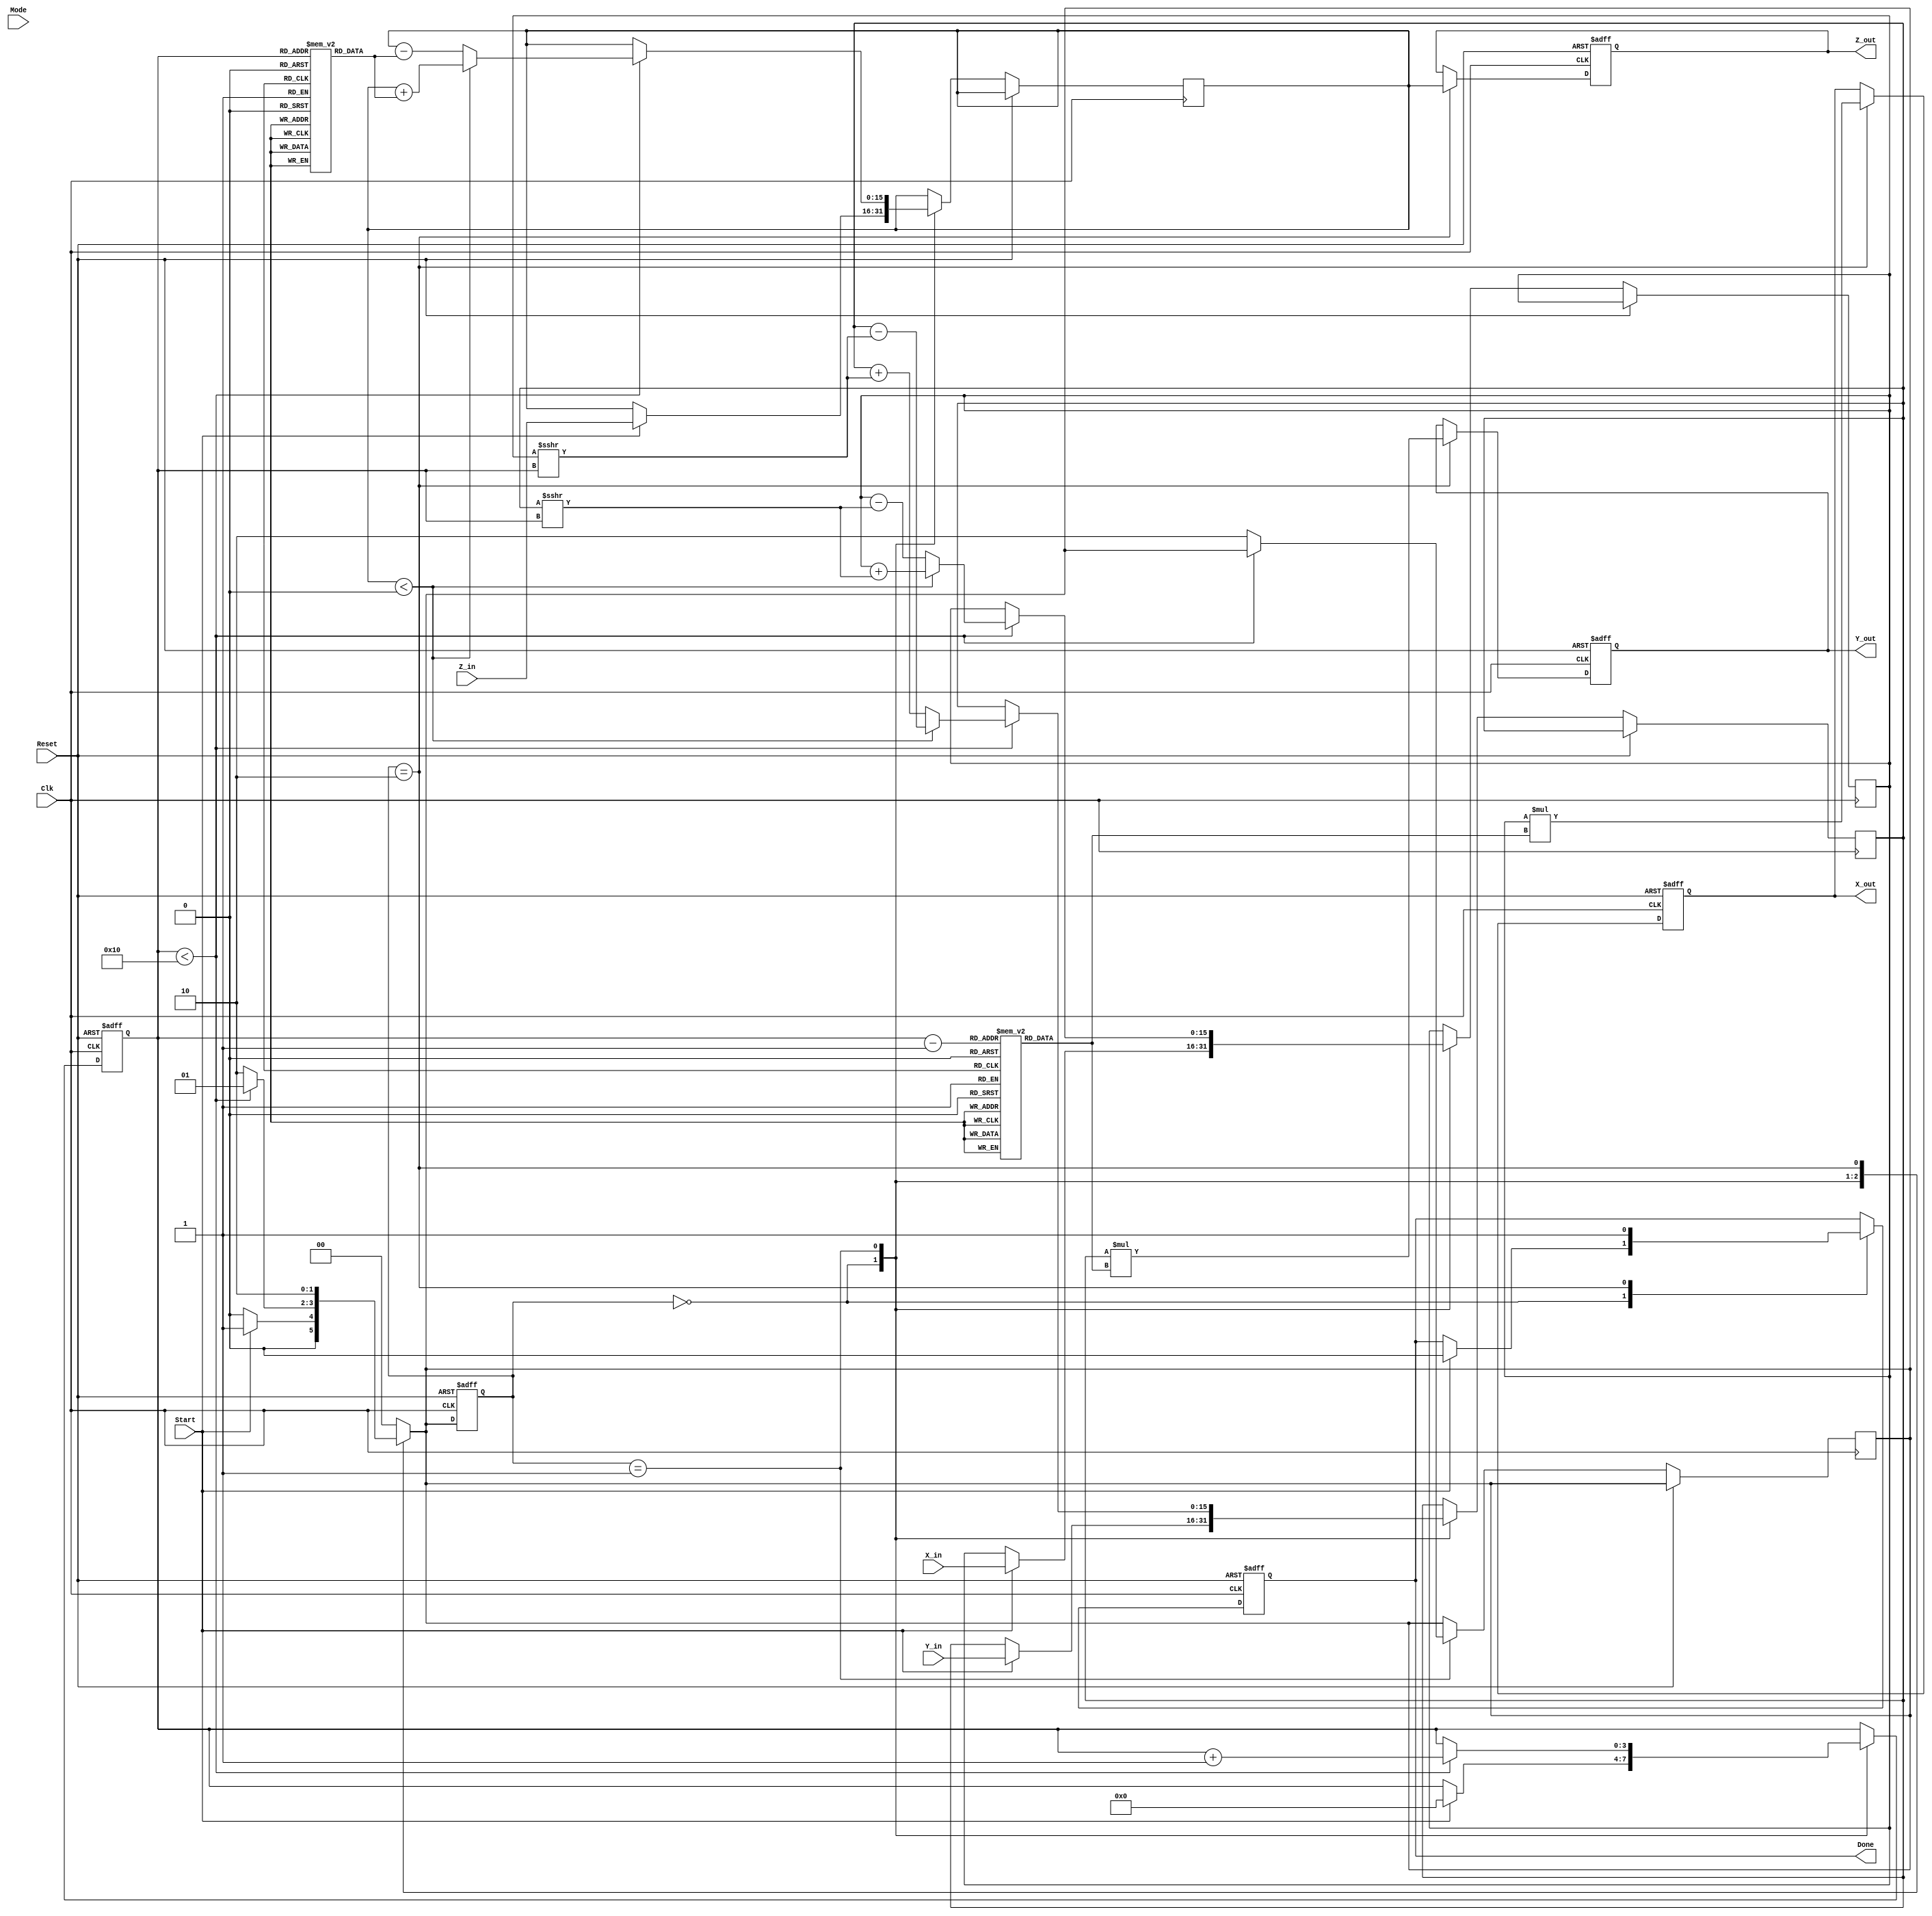
module cordic (
    input wire signed [15:0] X_in,      // Fixed-point input x-coordinate
    input wire signed [15:0] Y_in,      // Fixed-point input y-coordinate
    input wire signed [15:0] Z_in,      // Fixed-point input angle
    input wire [1:0] Mode,              // Operation mode (00: rotation, 01: vectoring, 10: hyperbolic)
    input wire Start,                    // Start signal
    input wire Clk,                      // Clock signal
    input wire Reset,                    // Asynchronous reset
    output reg signed [15:0] X_out,     // Output x-coordinate
    output reg signed [15:0] Y_out,     // Output y-coordinate
    output reg signed [15:0] Z_out,     // Output angle/result
    output reg Done                      // Completion signal
);

    // Parameters
    parameter NUM_ITERATIONS = 16;      // Number of CORDIC iterations
    parameter FIXED_POINT_FRACTIONAL_BITS = 15; // Number of fractional bits in fixed-point representation

    // Pre-computed values (lookup tables)
    reg signed [15:0] atan_table [0:NUM_ITERATIONS-1]; // Arctangent values
    reg signed [15:0] scale_table [0:NUM_ITERATIONS-1]; // Scaling factors

    // Internal registers
    reg signed [15:0] x_reg, y_reg, z_reg;
    reg [3:0] iteration_count; // Counter for iterations
    reg [1:0] state;           // FSM state
    reg [1:0] next_state;      // Next state for FSM

    // State encoding
    localparam IDLE = 2'b00;
    localparam COMPUTE = 2'b01;
    localparam DONE_STATE = 2'b10;

    // Initialize lookup tables
    initial begin
        // Populate atan_table and scale_table with pre-computed values
        // Example values (these should be replaced with actual pre-computed values)
        atan_table[0] = 16'h2000; // atan(1) = 0.4636 in fixed-point
        atan_table[1] = 16'h1000; // atan(0.5) = 0.2449 in fixed-point
        // ... Fill in the rest of the atan_table and scale_table
        scale_table[0] = 16'h4000; // Scaling factor for first iteration
        scale_table[1] = 16'h2000; // Scaling factor for second iteration
        // ... Fill in the rest of the scale_table
    end

    // FSM for control logic
    always @(posedge Clk or posedge Reset) begin
        if (Reset) begin
            state <= IDLE;
            Done <= 0;
            iteration_count <= 0;
            X_out <= 0;
            Y_out <= 0;
            Z_out <= 0;
        end else begin
            state <= next_state;
            case (state)
                IDLE: begin
                    if (Start) begin
                        x_reg <= X_in;
                        y_reg <= Y_in;
                        z_reg <= Z_in;
                        iteration_count <= 0;
                        Done <= 0;
                    end
                end
                COMPUTE: begin
                    if (iteration_count < NUM_ITERATIONS) begin
                        // CORDIC iteration logic
                        if (z_reg < 0) begin
                            x_reg <= x_reg + (y_reg >>> iteration_count);
                            y_reg <= y_reg - (x_reg >>> iteration_count);
                            z_reg <= z_reg + atan_table[iteration_count];
                        end else begin
                            x_reg <= x_reg - (y_reg >>> iteration_count);
                            y_reg <= y_reg + (x_reg >>> iteration_count);
                            z_reg <= z_reg - atan_table[iteration_count];
                        end
                        iteration_count <= iteration_count + 1;
                    end else begin
                        next_state <= DONE_STATE;
                    end
                end
                DONE_STATE: begin
                    X_out <= x_reg * scale_table[iteration_count - 1]; // Apply scaling
                    Y_out <= y_reg * scale_table[iteration_count - 1]; // Apply scaling
                    Z_out <= z_reg;
                    Done <= 1;
                end
            endcase
        end
    end

    // Next state logic
    always @(*) begin
        case (state)
            IDLE: next_state = Start ? COMPUTE : IDLE;
            COMPUTE: next_state = (iteration_count < NUM_ITERATIONS) ? COMPUTE : DONE_STATE;
            DONE_STATE: next_state = DONE_STATE; // Stay in done state
            default: next_state = IDLE;
        endcase
    end

endmodule